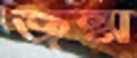
জন্ম